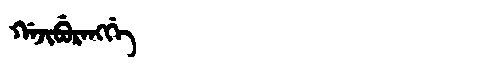
Manchu: ᡤᠠᠵᡳᠪᡠᡵᠠᠩᡤᡝ
Romanization: GAJIBURANGGE